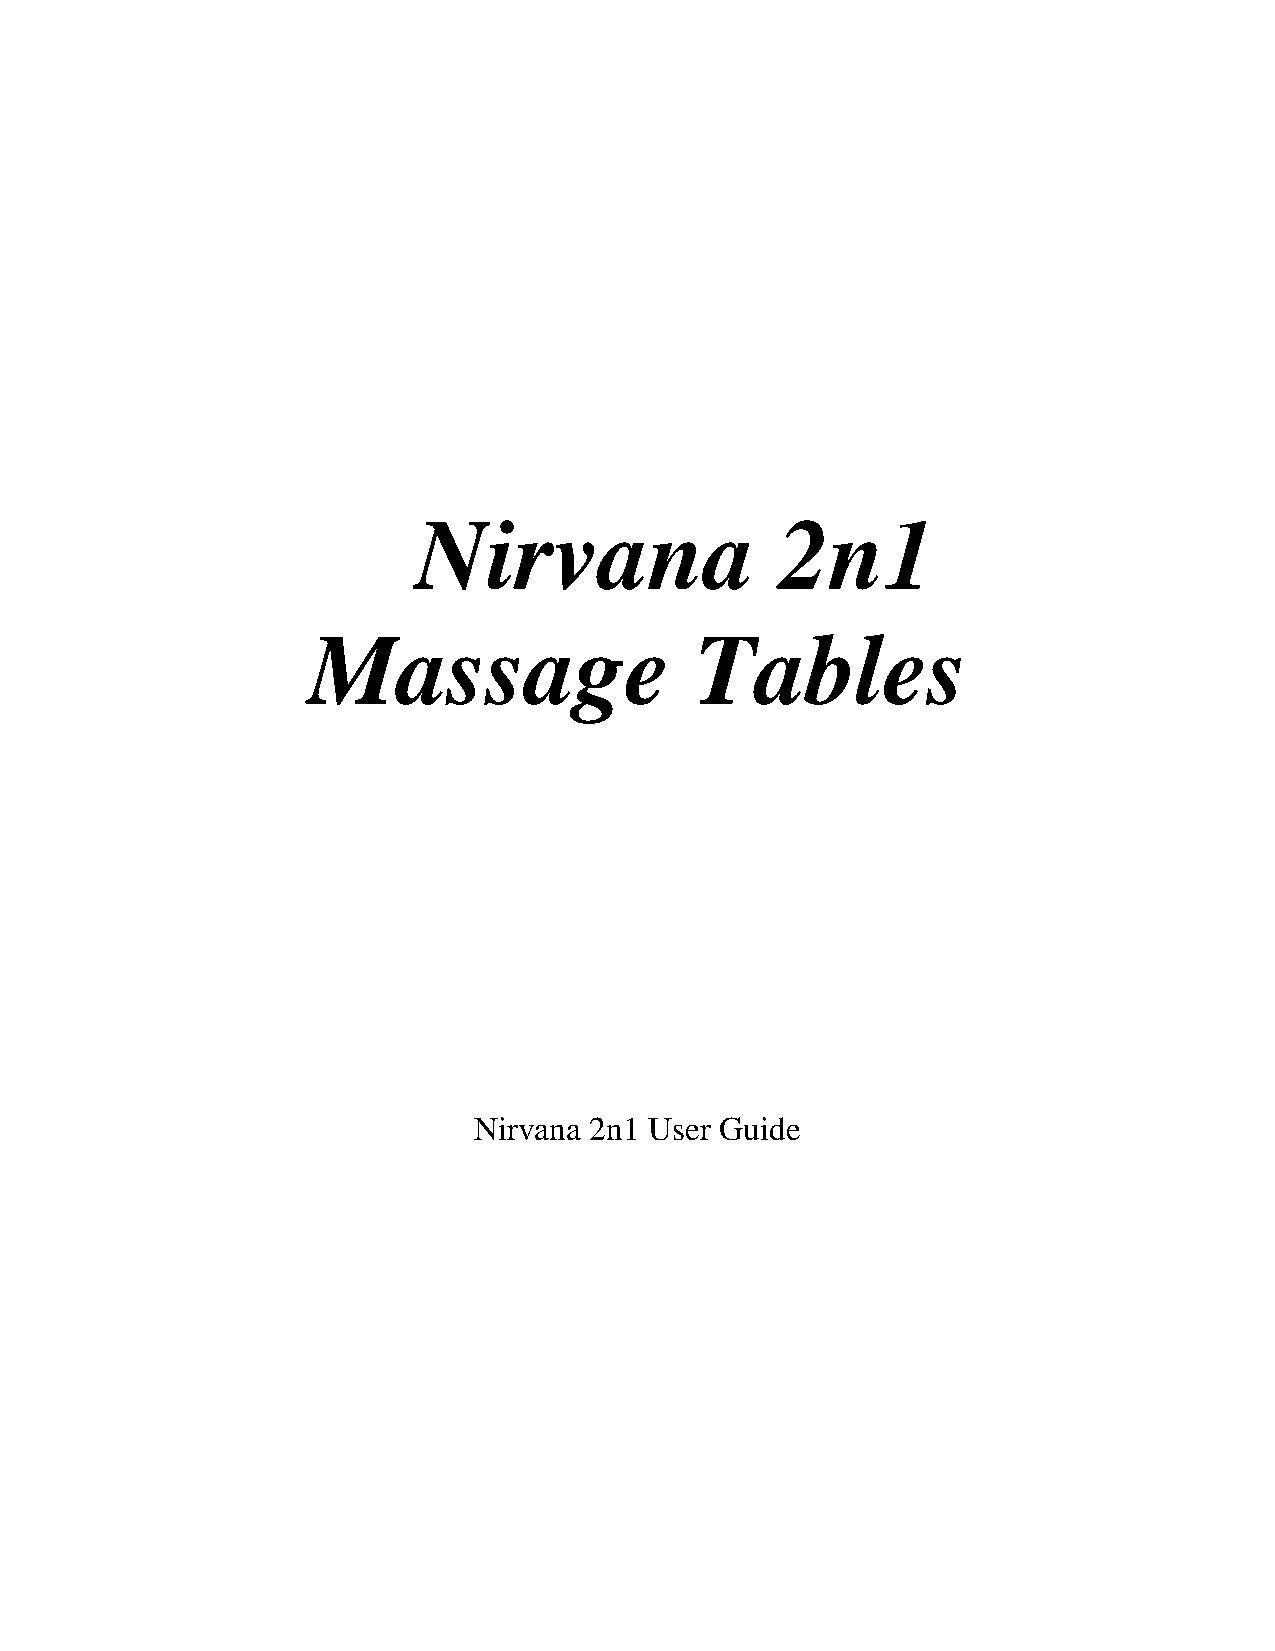
Nirvana                  2n1
 Massage                   Tables
 Nirvana 2n1 User Guide